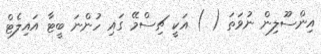
އިންސޫލިން ނުވަތަ ( ) އަކީ ޗިސްމޭ ގައި ހުންނަ ބީޓާ އައިލެޓް